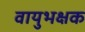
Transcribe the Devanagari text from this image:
वायुभक्षक